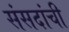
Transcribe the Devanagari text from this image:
संसदांची